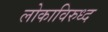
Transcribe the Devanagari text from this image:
लोकाविरुध्द